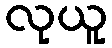
လုယူ